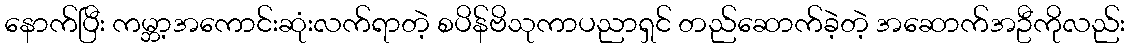
နောက်ပြီး ကမ္ဘာ့အကောင်းဆုံးလက်ရာတဲ့ စပိန်ဗိသုကာပညာရှင် တည်ဆောက်ခဲ့တဲ့ အဆောက်အဦကိုလည်း